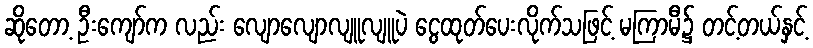
ဆိုတော့ ဦးကျော်က လည်း လျောလျောလျူလျူပဲ ငွေထုတ်ပေးလိုက်သဖြင့် မကြာမီ၌ တင့်တယ်နှင့်